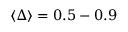
\langle \Delta \rangle = 0 . 5 - 0 . 9